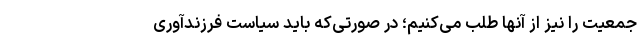
جمعیت را نیز از آنها طلب می‌کنیم؛ در صورتی‌که باید سیاست فرزندآوری